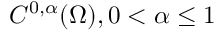
C ^ { 0 , \alpha } ( \Omega ) , 0 < \alpha \leq 1